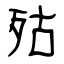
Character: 㱠